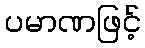
ပမာဏဖြင့်